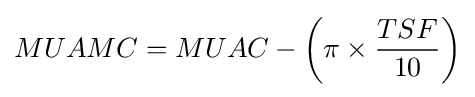
MUAMC=MUAC-\left(\pi \times {\frac {TSF}{10}}\right)